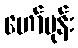
ဟော်မုန်း